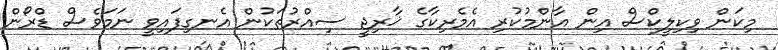
މިކަން ވިކިލީކްސް އިން އާންމުކުރި އެމެރިކާގެ ޚާރިޖީ ސިއްރުތަކުން އެނގިފައިވީ ނަމަވެސް ޑްރޯން